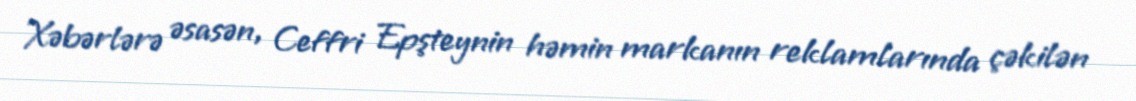
Xəbərlərə əsasən, Ceffri Epşteynin həmin markanın reklamlarında çəkilən